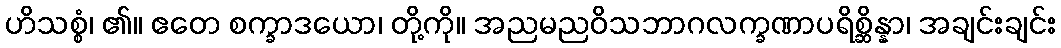
ဟိသစ္စံ၊ ၏။ ဧတေ စက္ခာဒယော၊ တို့ကို။ အညမညဝိသဘာဂလက္ခဏာပရိစ္ဆိန္နာ၊ အချင်းချင်း